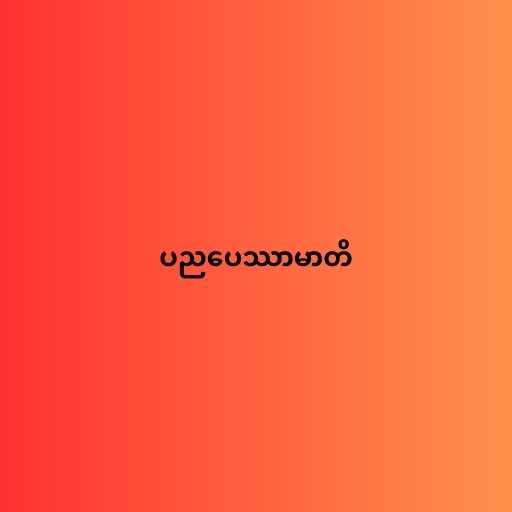
ပညပေဿာမာတိ